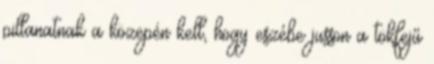
pillanatnak a közepén kell, hogy eszébe jusson a tökfejű